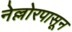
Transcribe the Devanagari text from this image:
नेल्लोरपासून